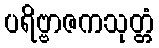
ပရိဗ္ဗာဇကသုတ္တံ